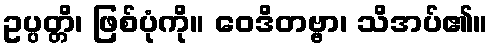
ဥပ္ပတ္တိ၊ ဖြစ်ပုံကို။ ဝေဒိတဗ္ဗာ၊ သိအပ်၏။